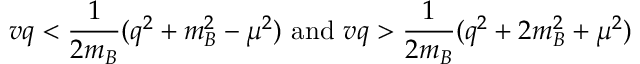
v q < \frac { 1 } { 2 m _ { B } } ( q ^ { 2 } + m _ { B } ^ { 2 } - \mu ^ { 2 } ) \mathrm { ~ a n d ~ } v q > \frac { 1 } { 2 m _ { B } } ( q ^ { 2 } + 2 m _ { B } ^ { 2 } + \mu ^ { 2 } )